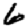
Digit: 6